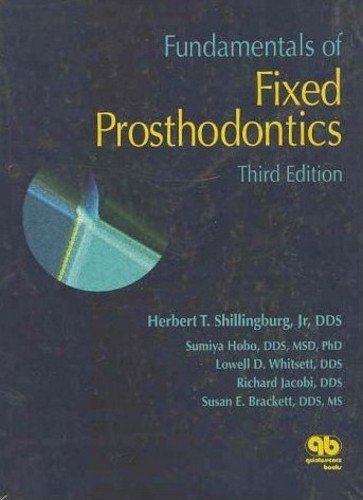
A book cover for Fundamentals of Fixed Prosthodontics; H. Shillingburg; Medical Books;